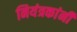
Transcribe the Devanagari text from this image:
नियंत्रकांनी